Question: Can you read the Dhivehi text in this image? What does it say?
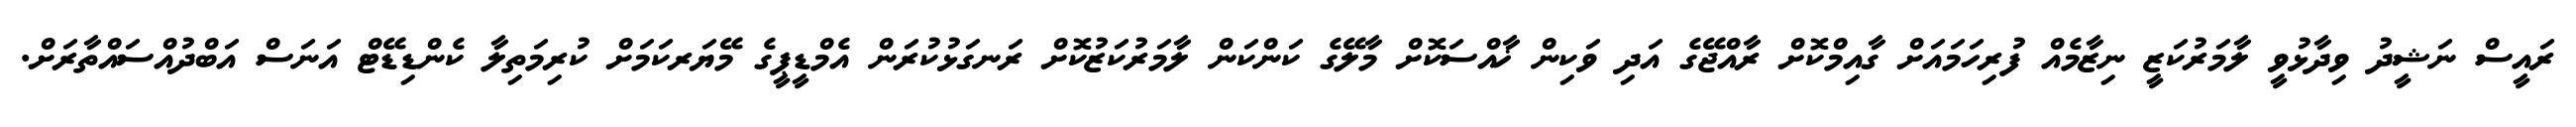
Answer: ރައީސް ނަޝީދު ވިދާޅުވީ ލާމަރުކަޒީ ނިޒާމެއް ފުރިހަމައަށް ގާއިމްކޮށް ރާއްޖޭގެ އަދި ވަކިން ޚާއްސަކޮށް މާލޭގެ ކަންކަން ލާމަރުކަޒުކޮށް ރަނގަޅުކުރަން އެމްޑީޕީގެ މޭޔަރކަމަށް ކުރިމަތިލާ ކެންޑިޑޭޓް އަނަސް އަބްދުއްސައްތާރަށް.